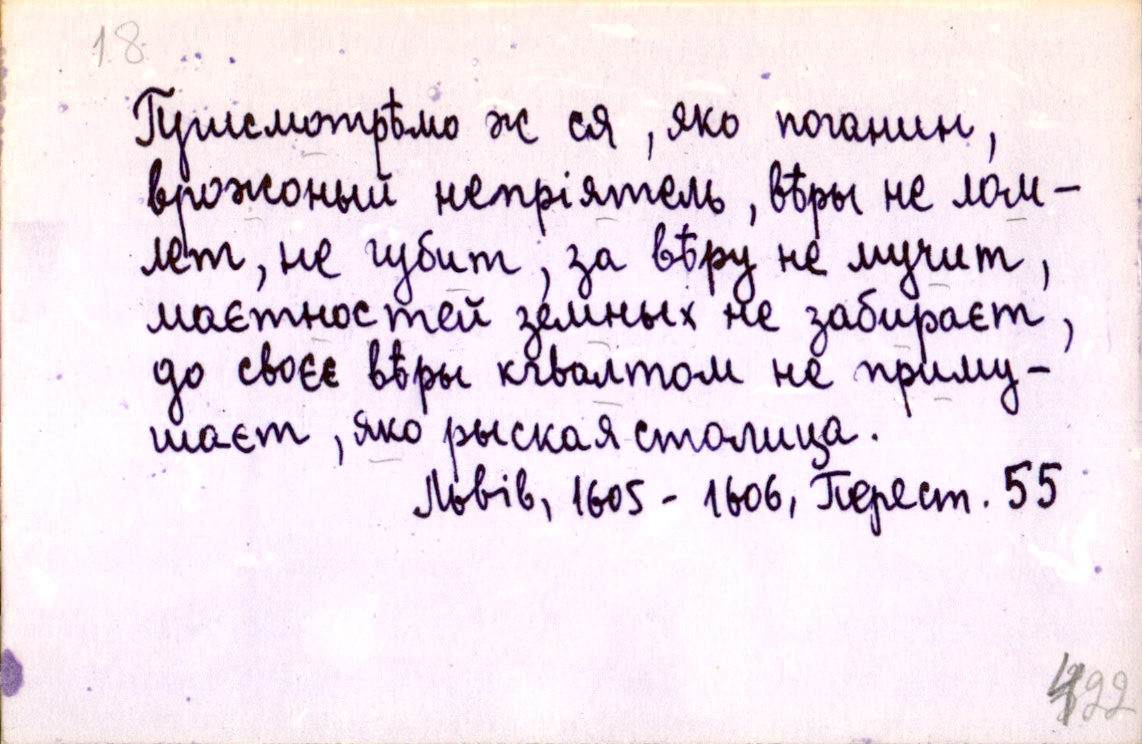
Присмотрѣмо ж ся, яко поганин,
врожоный непріятель, вѣры не лом-
лет, не губит, за вѣру не мучит,
маєтностей земных не забираєт,
до своєє вѣры кгвалтом не приму-
шаєт, яко рыская столица.
Львів, 1605-1606, Перест. 55